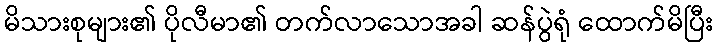
မိသားစုများ၏ ပိုလီမာ၏ တက်လာသောအခါ ဆန်ပွဲရုံ ထောက်မိပြီး